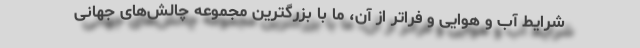
شرایط آب و هوایی و فراتر از آن، ما با بزرگترین مجموعه چالش‌های جهانی